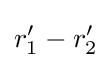
r_{1}^{\prime }-r_{2}^{\prime }